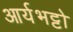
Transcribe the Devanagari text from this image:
आर्यभट्टो